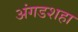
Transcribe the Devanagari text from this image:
अंगडशहा